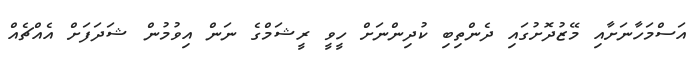
އަސްމަހާނަށާއި މޭޒުދޮށުގައި ދެންތިބި ކުދިންނަށް ހީވީ ރީޝަމްގެ ނަން އިވުމުން ޝަދަފަށް އެއްޗެއް